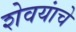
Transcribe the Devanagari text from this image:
शेवयांचे